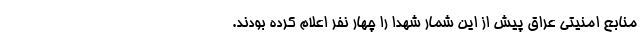
منابع امنیتی عراق پیش از این شمار شهدا را چهار نفر اعلام کرده بودند.